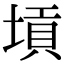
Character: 𡎴